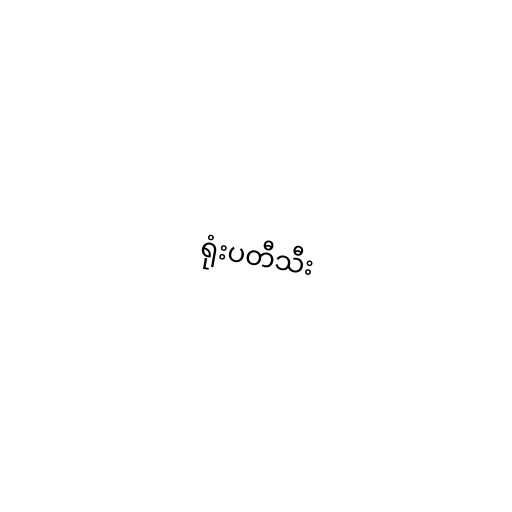
ရုံးပတီသီး